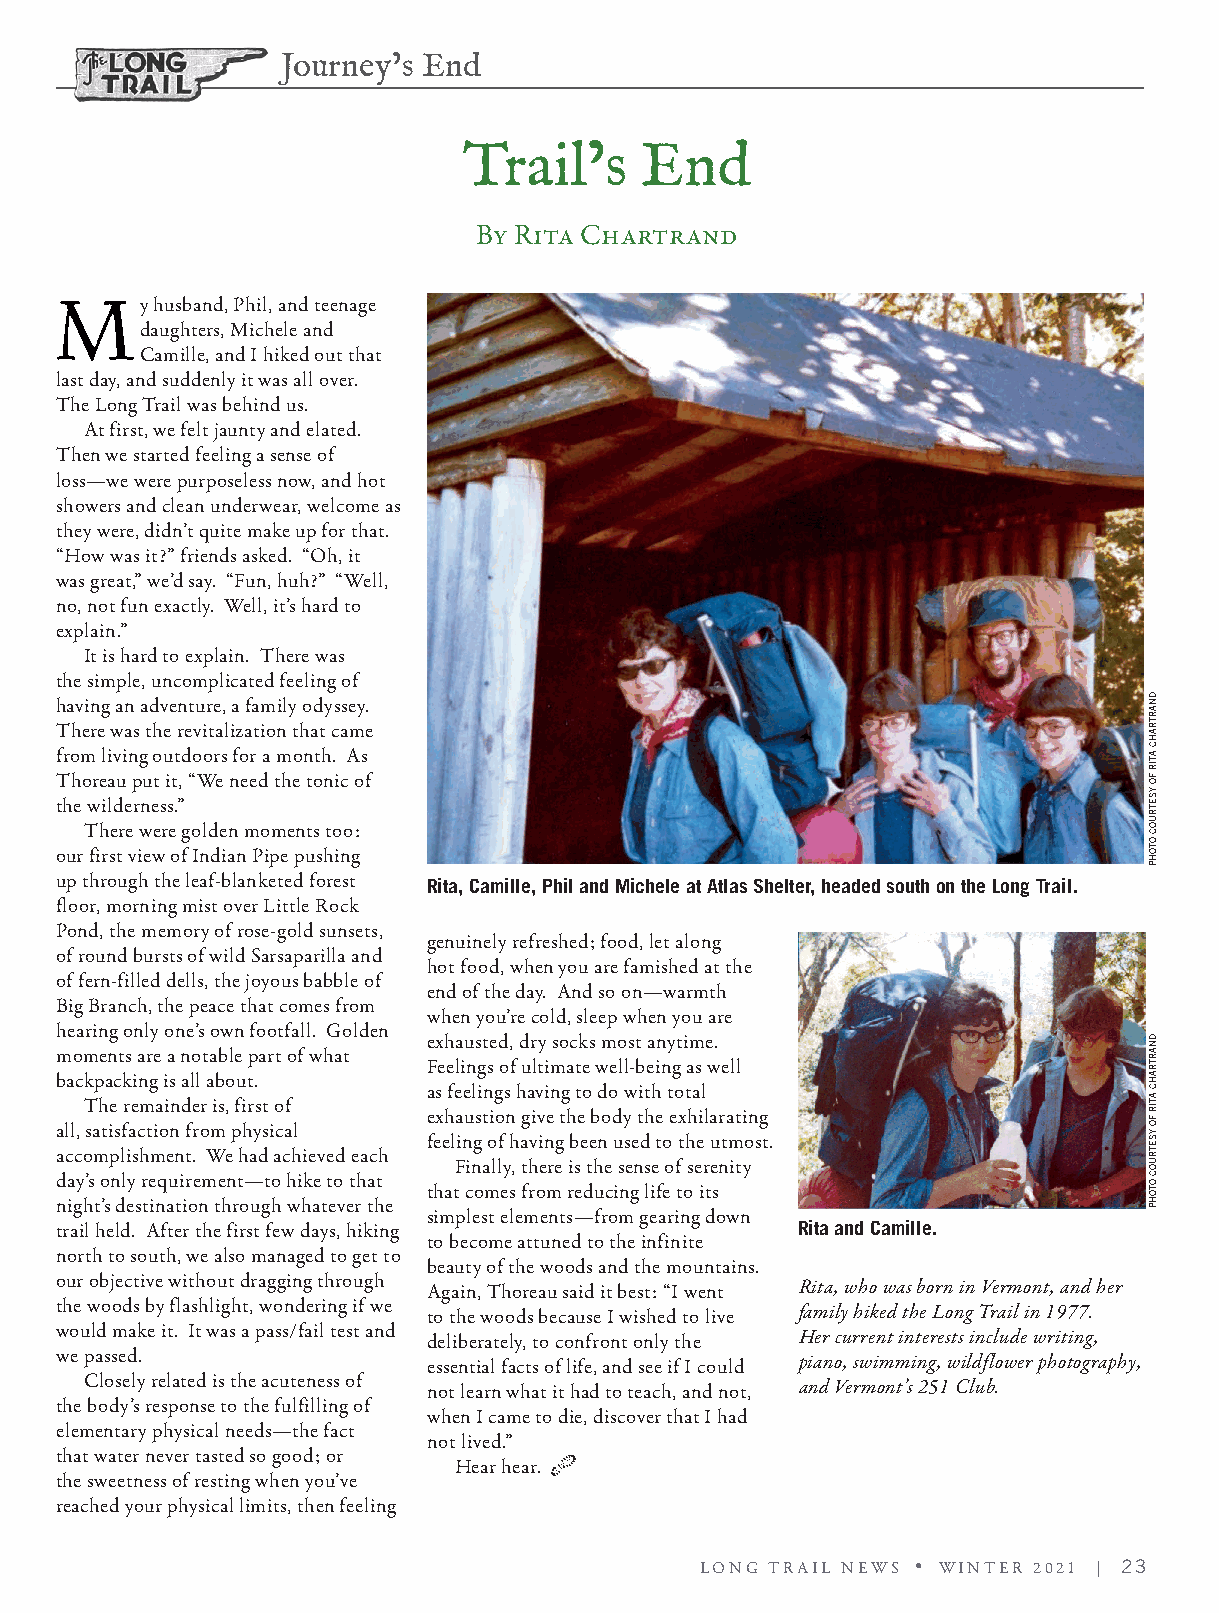
Journey’s End
 Trail’s    End
 By Rita Chartrand
 M
 y husband, Phil, and teenage
 daughters, Michele and
 Camille, and I hiked out that
 last day, and suddenly it was all over.
 The Long Trail was behind us.
 At first, we felt jaunty and elated.
 Then we started feeling a sense of
 loss—we were purposeless now, and hot
 showers and clean underwear, welcome as
 they were, didn’t quite make up for that.
 “How was it?” friends asked. “Oh, it
 was great,” we’d say. “Fun, huh?” “Well,
 no, not fun exactly. Well, it’s hard to
 explain.”
 It is hard to explain. There was
 the simple, uncomplicated feeling of
 having an adventure, a family odyssey.
 There was the revitalization that came
 from living outdoors for a month. As
 Thoreau put it, “We need the tonic of
 the wilderness.”
 There were golden moments too:
 our first view of Indian Pipe pushing
 up through the leaf-blanketed forest Rita, Camille, Phil and Michele at Atlas Shelter, headed south on the Long Trail.
 floor, morning mist over Little Rock
 Pond, the memory of rose-gold sunsets,
 genuinely refreshed; food, let along
 of round bursts of wild Sarsaparilla and
 hot food, when you are famished at the
 of fern-filled dells, the joyous babble of
 end of the day. And so on—warmth
 Big Branch, the peace that comes from
 when you’re cold, sleep when you are
 hearing only one’s own footfall. Golden
 exhausted, dry socks most anytime.
 moments are a notable part of what
 Feelings of ultimate well-being as well
 backpacking is all about.
 as feelings having to do with total
 The remainder is, first of
 exhaustion give the body the exhilarating
 all, satisfaction from physical feeling of having been used to the utmost.
 accomplishment. We had achieved each
 Finally, there is the sense of serenity
 day’s only requirement—to hike to that that comes from reducing life to its
 night’s destination through whatever the
 simplest elements—from gearing down
 trail held. After the first few days, hiking     Rita and Camille.
 to become attuned to the infinite
 north to south, we also managed to get to
 beauty of the woods and the mountains.
 our objective without dragging through
 Again, Thoreau said it best: “I went Rita, who was born in Vermont, and her
 the woods by flashlight, wondering if we
 to the woods because I wished to live family hiked the Long Trail in 1977.
 would make it. It was a pass/fail test and
 deliberately, to confront only the Her current interests include writing,
 we passed.
 essential facts of life, and see if I could piano, swimming, wildflower photography,
 Closely related is the acuteness of
 not learn what it had to teach, and not, and Vermont’s 251 Club.
 the body’s response to the fulfilling of
 when I came to die, discover that I had
 elementary physical needs—the fact
 not lived.”
 that water never tasted so good; or
 Hear hear.
 the sweetness of resting when you’ve
 reached your physical limits, then feeling
 LONG TRAIL NEWS • WINTER 2021 | 23
 DNARTRAHC
 ATIR
 FO
 YSETRUOC
 OTOHP
 DNARTRAHC
 ATIR
 FO
 YSETRUOC
 OTOHP